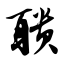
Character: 聩